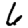
Digit: 6